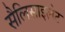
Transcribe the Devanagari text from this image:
सैलिसाइलेट